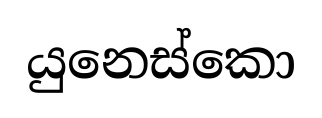
යුනෙස්කො